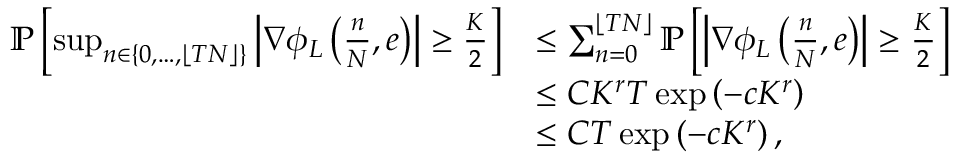
\begin{array} { r l } { \mathbb { P } \left[ \operatorname* { s u p } _ { n \in \left\{ 0 , \ldots , \lfloor T N \rfloor \right\} } \left| \nabla \phi _ { L } \left( \frac { n } { N } , e \right) \right| \geq \frac { K } { 2 } \right] } & { \leq \sum _ { n = 0 } ^ { \lfloor T N \rfloor } \mathbb { P } \left[ \left| \nabla \phi _ { L } \left( \frac { n } { N } , e \right) \right| \geq \frac { K } { 2 } \right] } \\ & { \leq C K ^ { r } T \exp \left( - c K ^ { r } \right) } \\ & { \leq C T \exp \left( - c K ^ { r } \right) , } \end{array}